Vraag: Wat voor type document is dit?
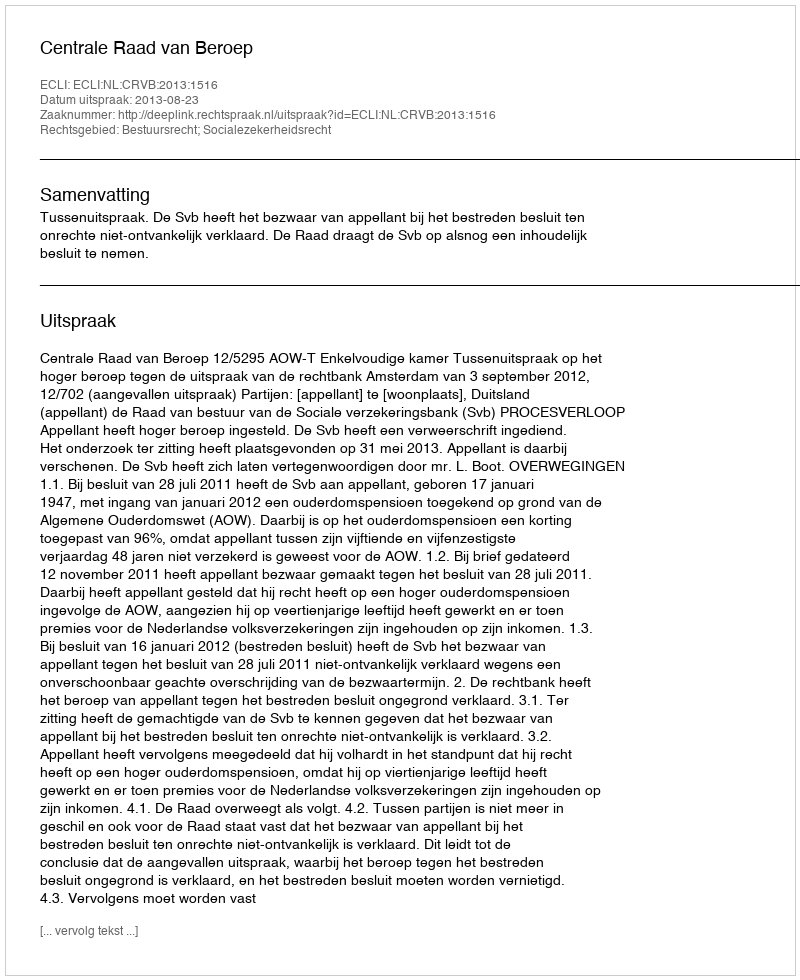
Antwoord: Uitspraak